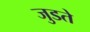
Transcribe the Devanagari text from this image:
जुडते